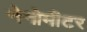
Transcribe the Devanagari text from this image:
नेनोमीटर